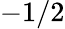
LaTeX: -1/2